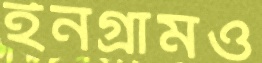
ইনগ্রামও